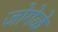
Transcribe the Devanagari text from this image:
जोगेळे